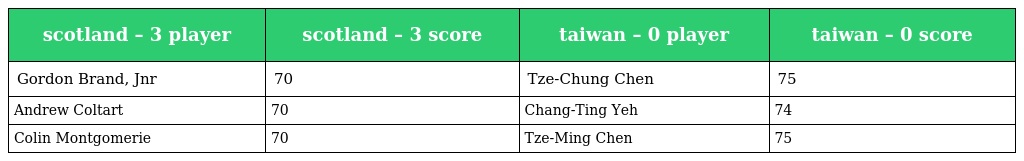
| scotland – 3 player | scotland – 3 score | taiwan – 0 player | taiwan – 0 score |
 | --- | --- | --- | --- |
 | Gordon Brand, Jnr | 70 | Tze-Chung Chen | 75 |
 | Andrew Coltart | 70 | Chang-Ting Yeh | 74 |
 | Colin Montgomerie | 70 | Tze-Ming Chen | 75 |